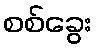
စစ်ခွေး